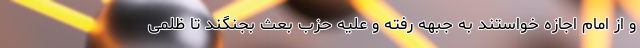
و از امام اجازه خواستند به جبهه رفته و علیه حزب بعث بجنگند تا ظلمی